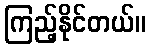
ကြည့်နိုင်တယ်။